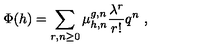
\Phi ( h ) = \sum _ { r , n \geq 0 } \mu _ { h , n } ^ { g , n } \frac { \lambda ^ { r } } { r ! } q ^ { n } \ ,